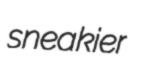
sneakier